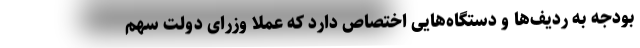
بودجه به ردیف‌ها و دستگاه‌هایی اختصاص دارد که عملا وزرای دولت سهم